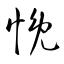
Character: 悗